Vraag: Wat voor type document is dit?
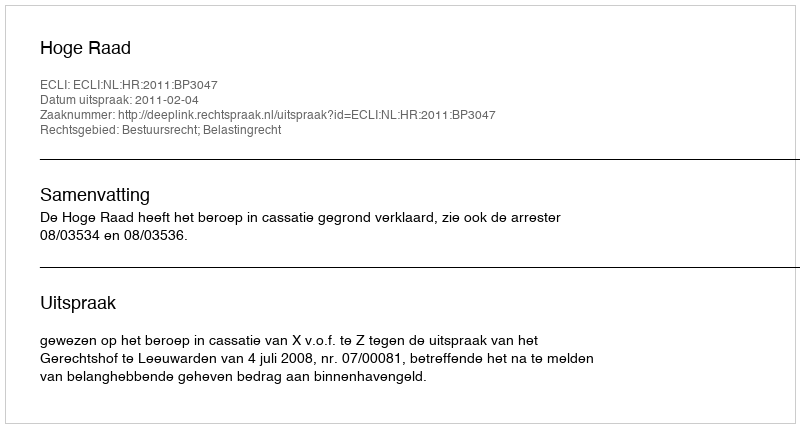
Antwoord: Uitspraak